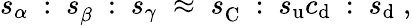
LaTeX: s_{\alpha}~:~s_{\beta}^{~}~:~s_{\gamma}\; \approx\; s_{\mathrm{C}}^{~}~:~s_{\mathrm{u}}c_{\mathrm{d}}~:~s_{\mathrm{d}}\; ,